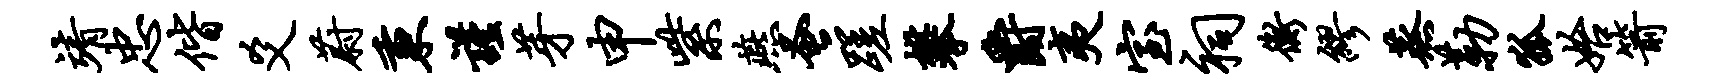
靖忠偕爻蔚秉谨芽申紫燕蚤蹉攀爵夷室祠衡缪蒸勒狐始箭